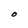
Character: O